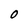
Character: O